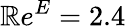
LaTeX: \mathbb{R}e^{E}=2.4